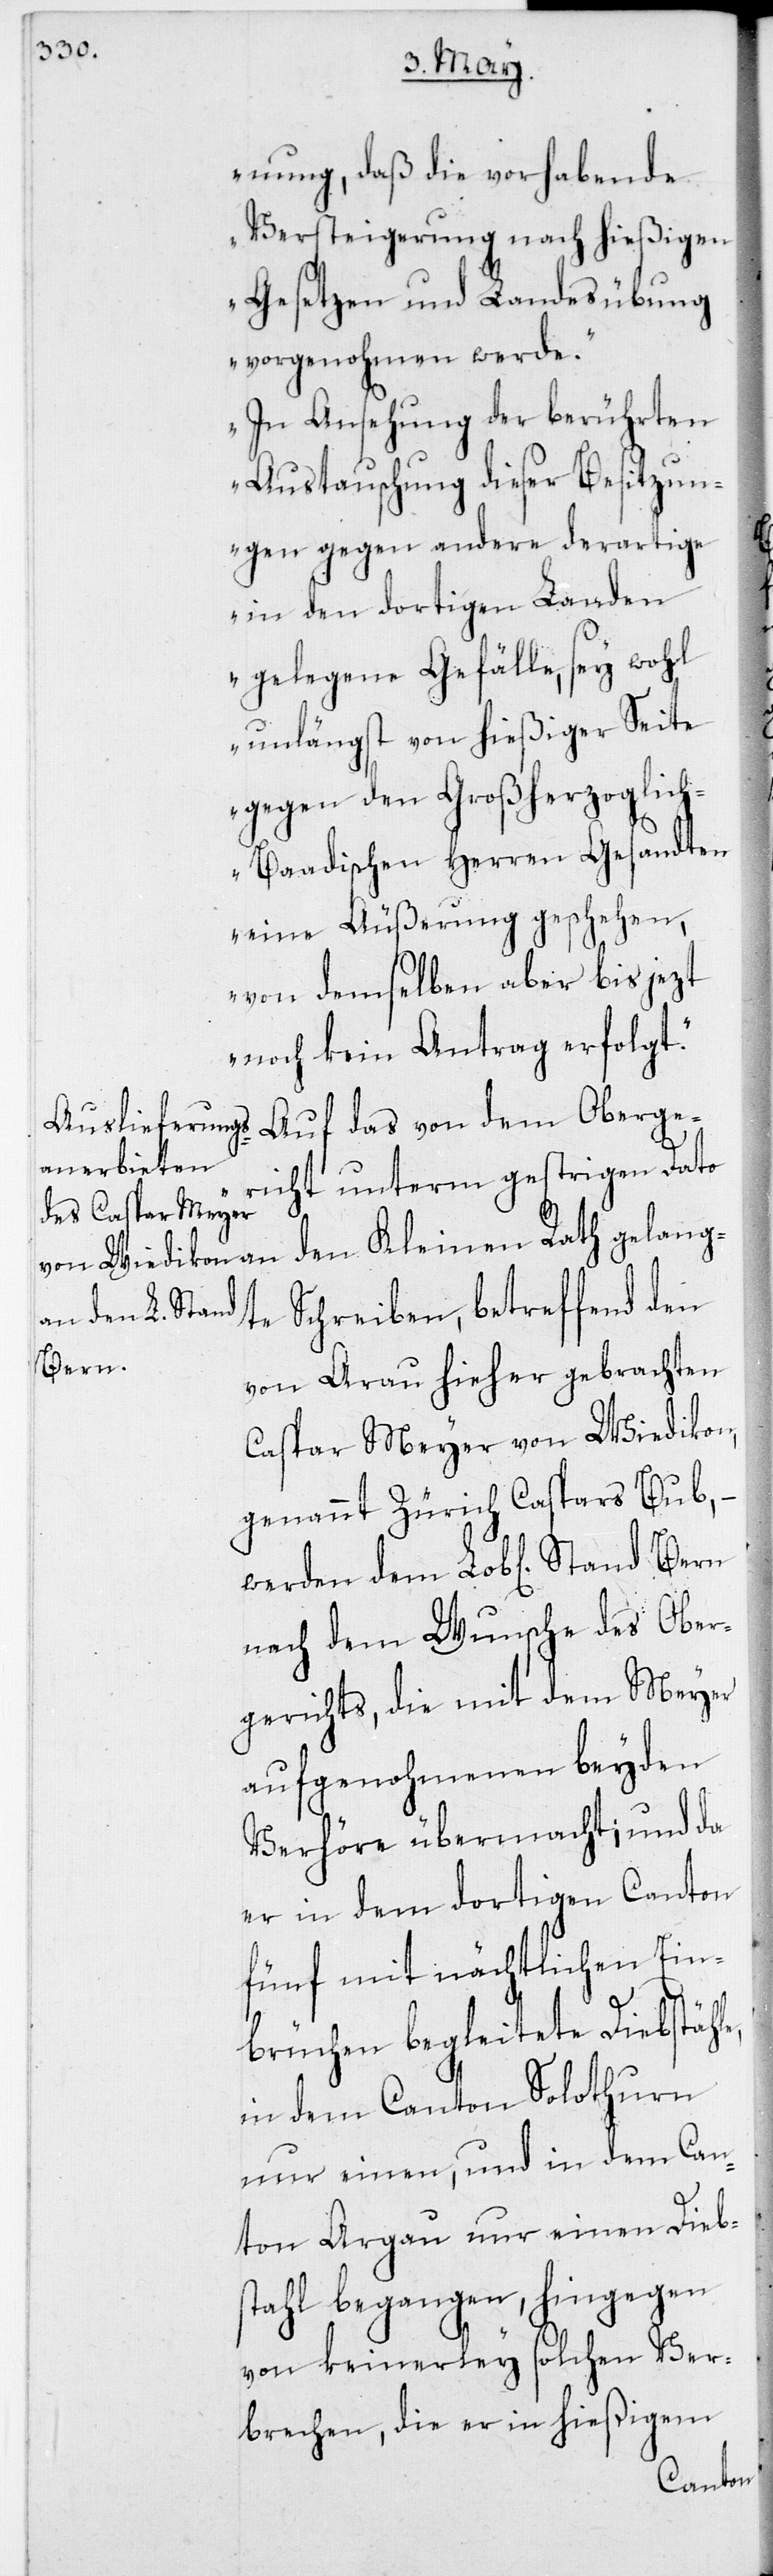
nung, daß die vorhabende
Versteigerung nach hießigen
Gesetzen und Landesübungen
vorgenohmen werde.
In Ansehung der berührten
Austauschung dieser Besitzun¬
gen gegen andere derartige
in den dortigen Landen
gelegene Gefälle, sey wohl
unlängst von hießiger Seite
gegen den Großherzoglic¬
h-Baadischen Herren Gesandten
eine Äußerung geschehen,
von demselben aber bis jezt
noch kein Antrag erfolgt.“
Auf das von dem Oberge¬
richt unterm gestrigen Dato
Schreiben, betreffend den
Bern
von Arau hieher gebrachten
Caspar Meyer von Wiedikon,
genannt Zürich Caspars Bub, –
nach dem Wunsche des Ober¬
gerichts, die mit dem Meyer
aufgenohmenen beyden
Verhöre übermacht; und da
er in dem dortigen Canton
fünf mit nächtlichen Ein¬
brüchen begleitete Diebstähle,
in dem Canton Solothurn
nur einen, und in dem Can¬
ton Argau nur einen Diebs¬
tahl begangen, hingegen
von keinerley solchen Ver¬
brechen, die er in hießigem